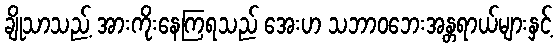
ချိုသာသည့် အားကိုးနေကြရသည် အေးဟ သဘာဝဘေးအန္တရာယ်များနှင့်